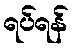
ရပ်ရန်